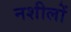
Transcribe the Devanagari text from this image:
नशीलों